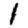
Digit: 1